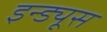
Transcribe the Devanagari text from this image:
इन्ड्यूस